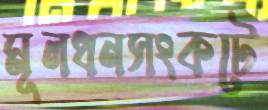
মূলধনসংকটে